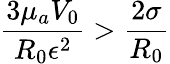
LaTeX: \frac{3{\mu}_{a}V_{0}}{R_{0}{\epsilon}^{2}}>\frac{2{\sigma}}{R_{0}}